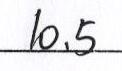
1 0 . 5